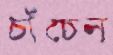
চাঁচেন